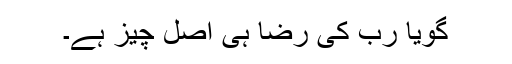
گویا رب کی رضا ہی اصل چیز ہے۔